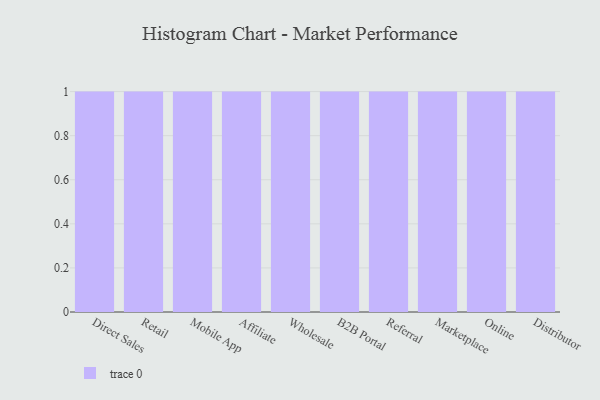
{"axis": {"x": "Channel", "y": "Market Share (%)"}, "legend": [""], "data": [{"x": "Direct Sales", "y": 24, "type": ""}, {"x": "Retail", "y": 34, "type": ""}, {"x": "Mobile App", "y": 32, "type": ""}, {"x": "Affiliate", "y": 3, "type": ""}, {"x": "Wholesale", "y": 38, "type": ""}, {"x": "B2B Portal", "y": 39, "type": ""}, {"x": "Referral", "y": 3, "type": ""}, {"x": "Marketplace", "y": 42, "type": ""}, {"x": "Online", "y": 55, "type": ""}, {"x": "Distributor", "y": 84, "type": ""}]}